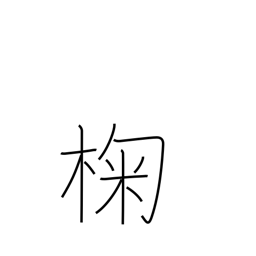
Meaning: oak